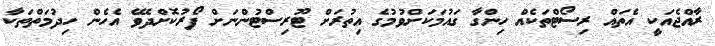
ރާއްޖެއަކީ އެތައް ރިސޯޓްތަކެއް ހިންގާ ގައުމަކަށްވުމުގެ އިތުރަށް ޓޫރިސްޓުންނަށް ފޯރުކޮށްދެވޭ އެހެން ހިދުމަތްތަކާ